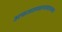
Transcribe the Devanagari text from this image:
अफजलखानासारख्या